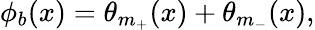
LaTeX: \phi_{b}(x)=\theta_{m_{+}}(x)+\theta_{m_{-}}(x),